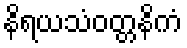
နိရယသံဝတ္တနိကံ